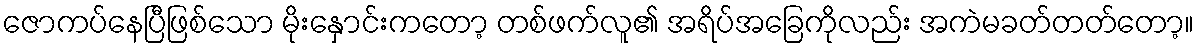
ဇောကပ်နေပြီဖြစ်သော မိုးနှောင်းကတော့ တစ်ဖက်လူ၏ အရိပ်အခြေကိုလည်း အကဲမခတ်တတ်တော့။